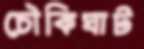
চৌকিঘাট